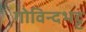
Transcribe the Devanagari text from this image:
गोविन्दभट्ट